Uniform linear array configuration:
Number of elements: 64
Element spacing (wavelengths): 1
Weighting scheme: kaiser
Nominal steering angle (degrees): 60
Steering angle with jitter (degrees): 60.801
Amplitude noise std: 0.05
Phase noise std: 0.05

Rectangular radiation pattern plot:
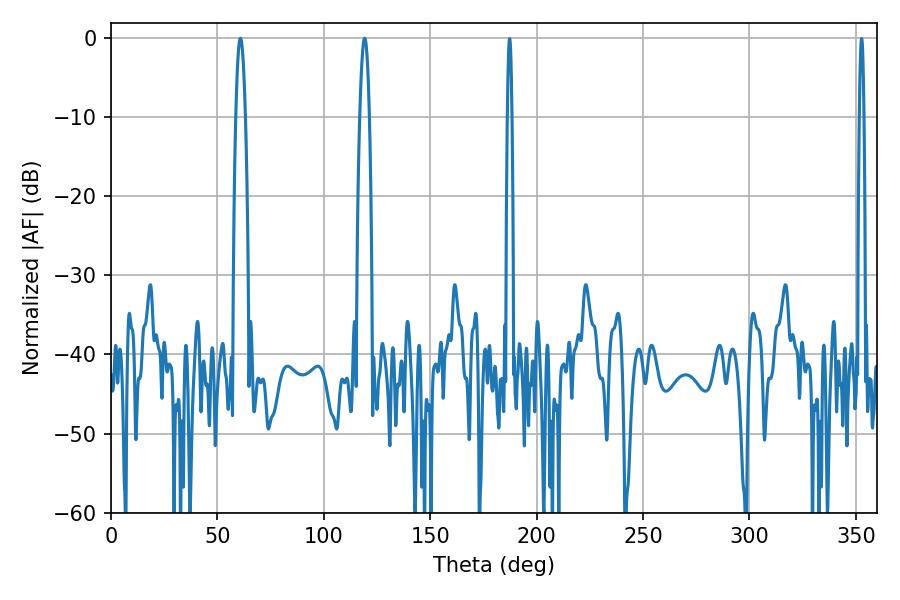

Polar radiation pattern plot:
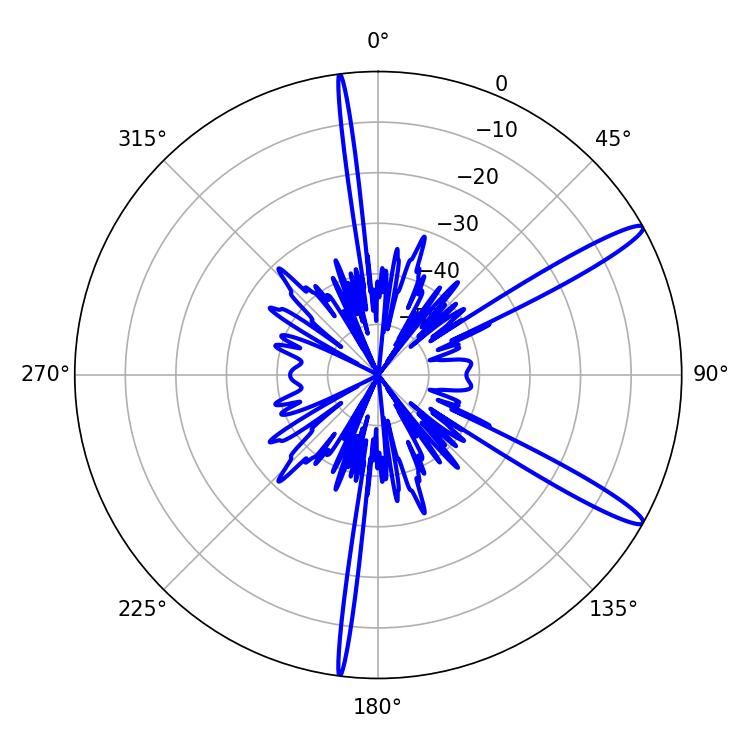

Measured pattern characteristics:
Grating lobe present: TRUE
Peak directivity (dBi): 14.162
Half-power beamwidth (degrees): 2.52
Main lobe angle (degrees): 119.16